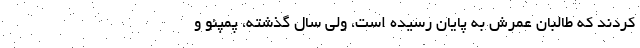
‌كردند كه طالبان عمرش به پايان رسيده است، ولي سال گذشته، پمپئو و